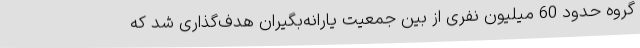
گروه حدود 60 میلیون نفری از بین جمعیت یارانه‌بگیران هدف‌گذاری شد که